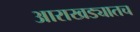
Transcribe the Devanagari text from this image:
आराखड्यातच